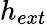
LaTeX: h_{ext}